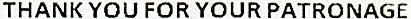
THANK YOU FOR YOUR PATRONAGE